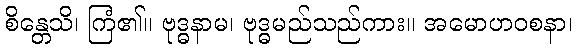
စိန္တေသိ၊ ကြံ၏။ ဗုဒ္ဓနာမ၊ ဗုဒ္ဓမည်သည်ကား။ အမောဟဝစနာ၊